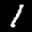
Label: 1